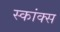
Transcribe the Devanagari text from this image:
स्कांक्स